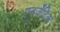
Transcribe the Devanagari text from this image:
एनर्जेटिक